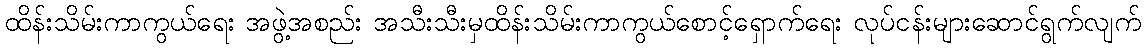
ထိန်းသိမ်းကာကွယ်ရေး အဖွဲ့အစည်း အသီးသီးမှထိန်းသိမ်းကာကွယ်စောင့်ရှောက်ရေး လုပ်ငန်းများဆောင်ရွက်လျက်